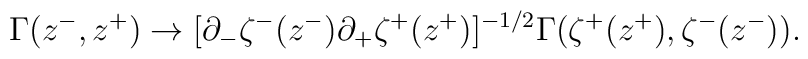
\Gamma(z^-, z^+) \to [\partial_- \zeta^-(z^-) \partial_+ \zeta^+(z^+)]^{-1/2}\Gamma(\zeta^+(z^+), \zeta^-(z^-)).